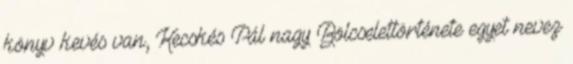
könyv kevés van, Kecskés Pál nagy Bölcselettörténete egyet nevez